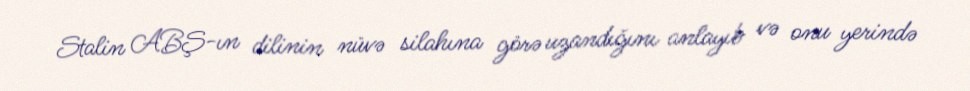
Stalin ABŞ-ın dilinin nüvə silahına görə uzandığını anlayıb və onu yerində